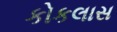
કોકલાસ